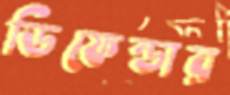
ডিফেন্ডার